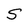
Character: S